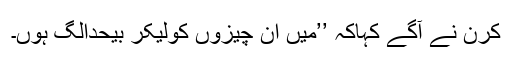
کرن نے آگے کہاکہ ’’میں ان چیزوں کولیکر بیحدالگ ہوں۔